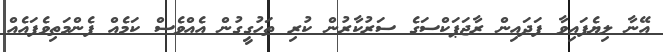
އޭނާ ލިޔެފައިވާ ފަދައިން ރާޖަޕަކްސަގެ ސަރުކާރުން ކުރި ތަހުގީގުން އެއްވެސް ކަމެއް ފެންމަތިވެފައެއް